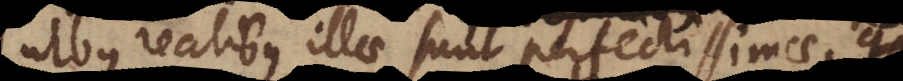
realibus illae sunt perfectissimae, qu